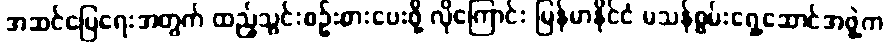
အဆင်ပြေရေးအတွက် ထည့်သွင်းစဉ်းစားပေးဖို့ လိုကြောင်း မြန်မာနိုင်ငံ မသန်စွမ်းရှေ့ဆောင်အဖွဲ့က